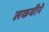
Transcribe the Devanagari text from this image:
लकबीने